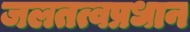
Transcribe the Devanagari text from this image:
जलतत्वप्रधान